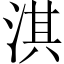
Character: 淇